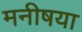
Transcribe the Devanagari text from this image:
मनीषया